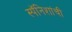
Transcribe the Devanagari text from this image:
स्पॅनिशांची